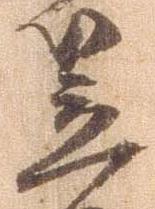
笠